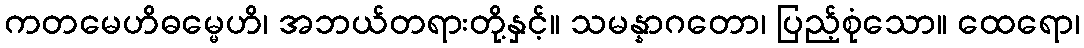
ကတမေဟိဓမ္မေဟိ၊ အဘယ်တရားတို့နှင့်။ သမန္နာဂတော၊ ပြည့်စုံသော။ ထေရော၊